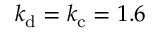
k _ { \mathrm { d } } = k _ { \mathrm { c } } = 1 . 6